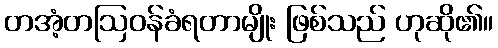
တအံ့တဩဝန်ခံရတာမျိုး ဖြစ်သည် ဟုဆို၏။